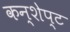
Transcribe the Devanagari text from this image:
कन्शेप्ट